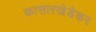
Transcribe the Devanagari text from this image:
कासारखेडेकर